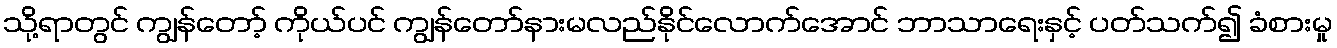
သို့ရာတွင် ကျွန်တော့် ကိုယ်ပင် ကျွန်တော်နားမလည်နိုင်လောက်အောင် ဘာသာရေးနှင့် ပတ်သက်၍ ခံစားမှု